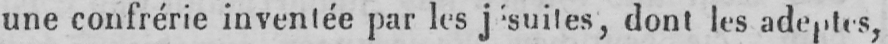
une confrérie inventée par les jésuites, dont les adeptes,